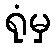
ရုံမှ